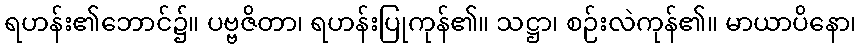
ရဟန်း၏ဘောင်၌။ ပဗ္ဗဇိတာ၊ ရဟန်းပြုကုန်၏။ သဋ္ဌာ၊ စဉ်းလဲကုန်၏။ မာယာပိနော၊